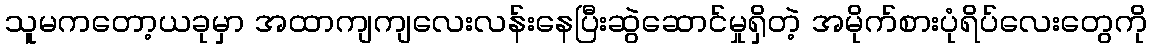
သူမကတော့ယခုမှာ အထာကျကျလေးလန်းနေပြီးဆွဲဆောင်မှုရှိတဲ့ အမိုက်စားပုံရိပ်လေးတွေကို